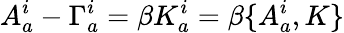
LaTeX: A_{a}^{i}-\Gamma_{a}^{i}=\beta K_{a}^{i}=\beta\{ A_{a}^{i},K\}